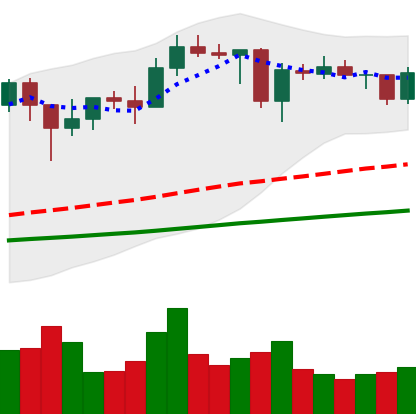
Ticker: ADA-USD
Chart end date: 2021-01-28
Forward return: 23.147%
Label: up_7plus